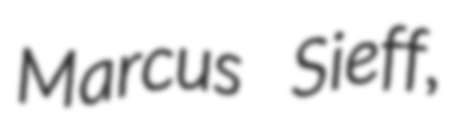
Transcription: Marcus Sieff,